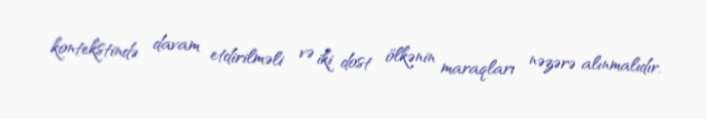
kontekstində davam etdirilməli və iki dost ölkənin maraqları nəzərə alınmalıdır.